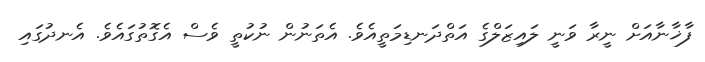
ފާޚާނާއަށް ނީރާ ވަނީ ލައިޒަލްގެ އަތްދަނޑިމަތީއެވެ. އެތަނުން ނުކުތީ ވެސް އެގޮތުގައެވެ. އެނދުގައި